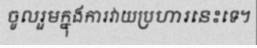
ចូលរួមក្នុងការវាយប្រហារនេះទេ។